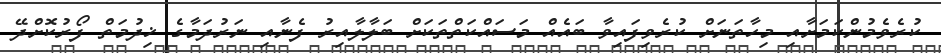
ކުރެވެމުންކަމަށާއި މިހާތަނަށް ކުރެވިފައިވާ ބައެއް މަސައްކަތްތަކަށް ބަލާލާއިރު ފެނާއި ނަރުދަމާގެ ޚިދުމަތް ފޯރުކޮށްދޭ